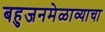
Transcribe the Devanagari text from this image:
बहुजनमेळाव्याचा